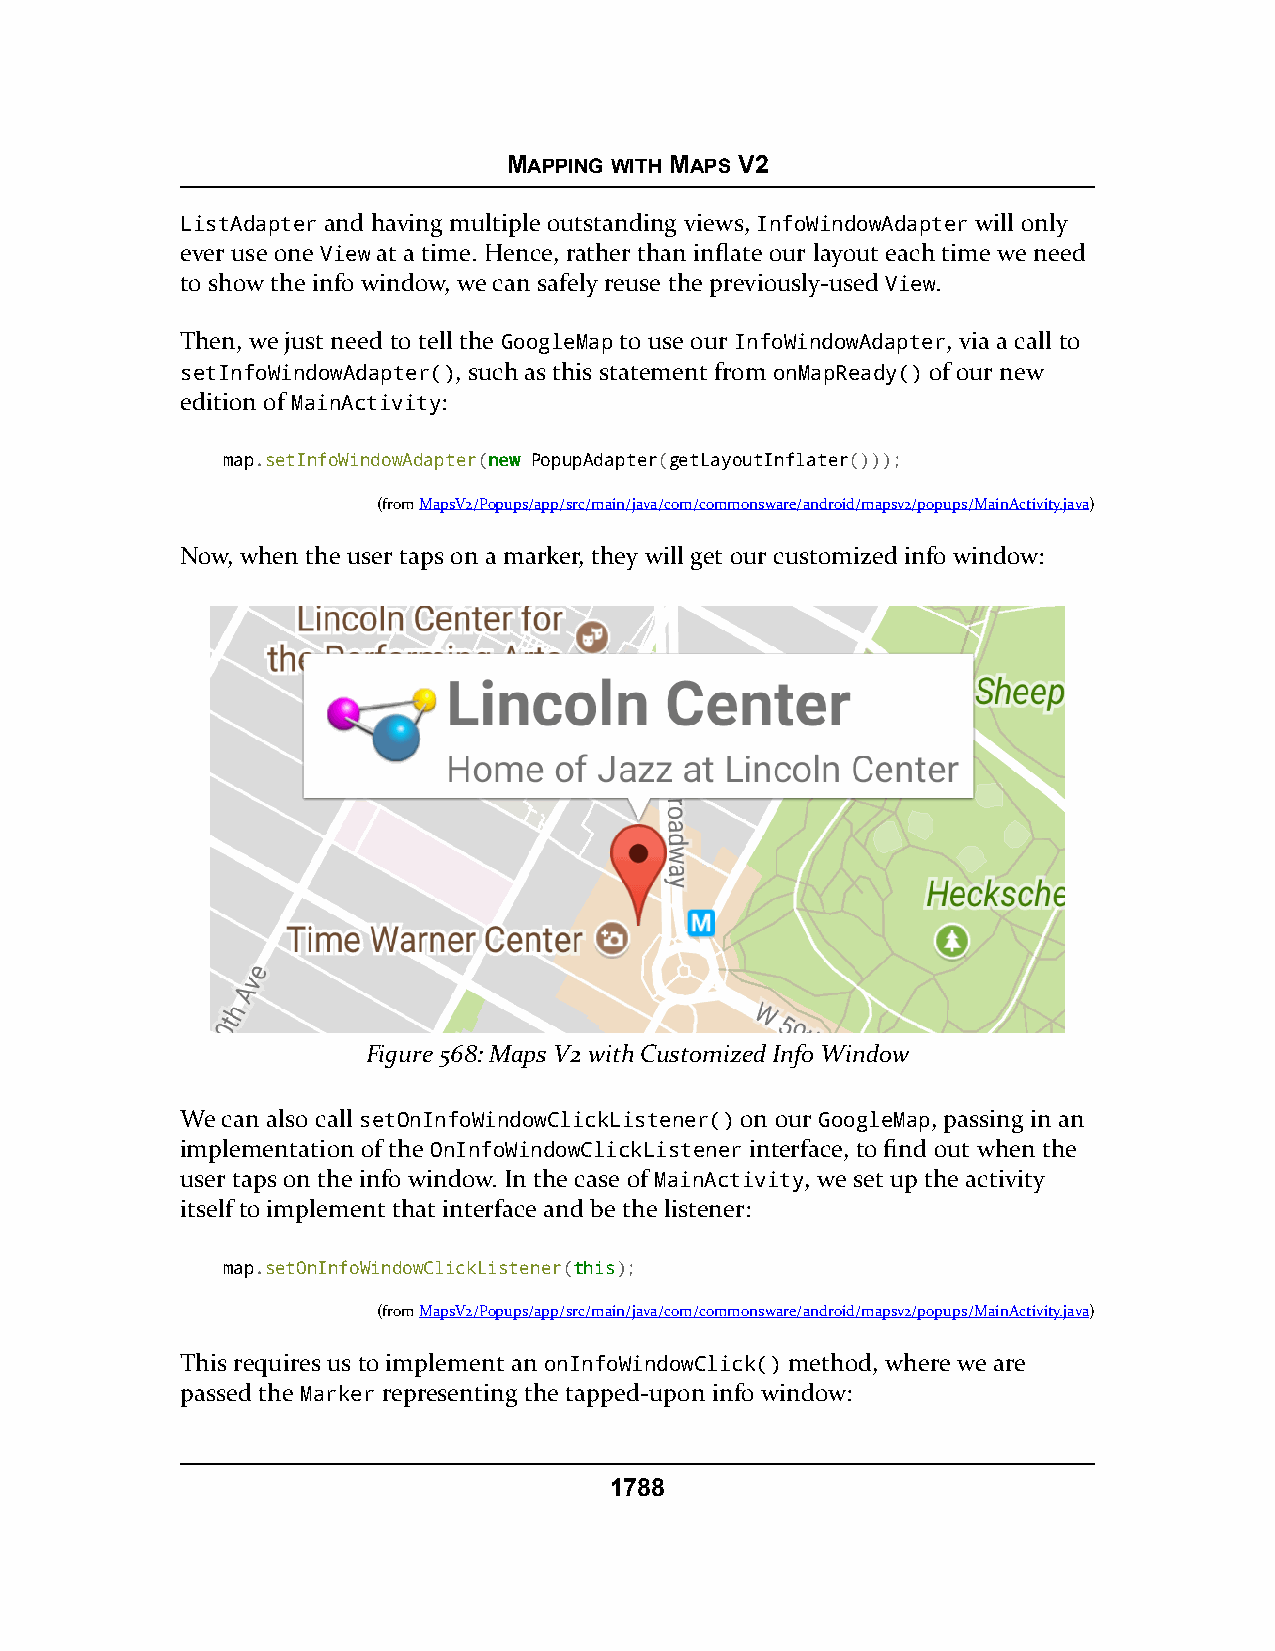
MAPPING WITH MAPS V2
 ListAdapter and having multiple outstanding views, InfoWindowAdapter will only
 ever use one View at a time. Hence, rather than inflate our layout each time we need
 to show the info window, we can safely reuse the previously-used View.
 Then, we just need to tell the GoogleMap to use our InfoWindowAdapter, via a call to
 setInfoWindowAdapter(), such as this statement from onMapReady() of our new
 edition of MainActivity:
 map.setInfoWindowAdapter(nneeww PopupAdapter(getLayoutInflater()));
 (fromMapsV2/Popups/app/src/main/java/com/commonsware/android/mapsv2/popups/MainActivity.java)
 Now, when the user taps on a marker, they will get our customized info window:
 Figure 568: Maps V2 with Customized Info Window
 We can also call setOnInfoWindowClickListener() on our GoogleMap, passing in an
 implementation of the OnInfoWindowClickListener interface, to find out when the
 user taps on the info window. In the case of MainActivity, we set up the activity
 itself to implement that interface and be the listener:
 map.setOnInfoWindowClickListener(tthhiiss);
 (fromMapsV2/Popups/app/src/main/java/com/commonsware/android/mapsv2/popups/MainActivity.java)
 This requires us to implement an onInfoWindowClick() method, where we are
 passed the Marker representing the tapped-upon info window:
 1788